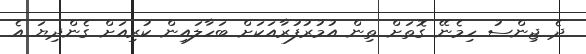
ދެ ޖިންސު ހިމެނޭ ގޮތަށް ތިން އުމުރުފުރާއަކަށް ބަހާލައިން ކުރިއަށް ގެންދިޔަ އެ